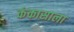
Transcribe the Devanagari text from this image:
कंकासाला